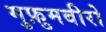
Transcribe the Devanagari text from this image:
मुफ़ुमबीरो